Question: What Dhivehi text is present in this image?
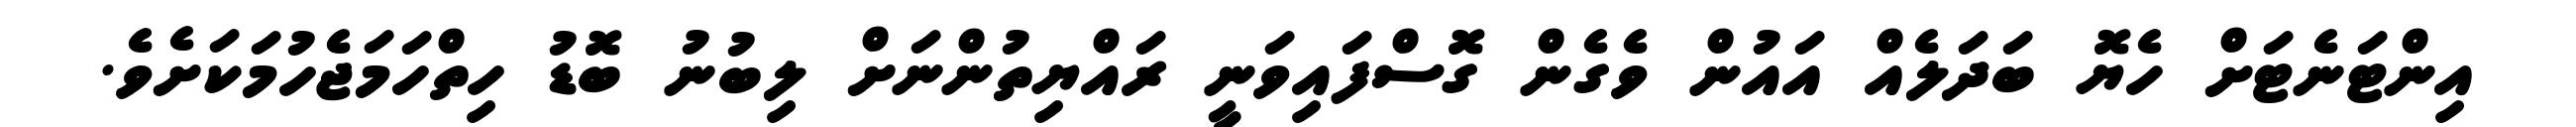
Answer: އިންޓަނެޓަށް ހެޔޮ ބަދަލެއް އައުން ވެގެން ގޮސްފައިވަނީ ރައްޔިތުންނަށް ލިބުނު ބޮޑު ހިތްހަމަޖެހުމަކަށެވެ.